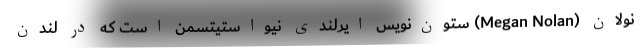
نولان (Megan Nolan) ستون‌نویس ایرلندیِ نیواستیتسمن است که در لندن